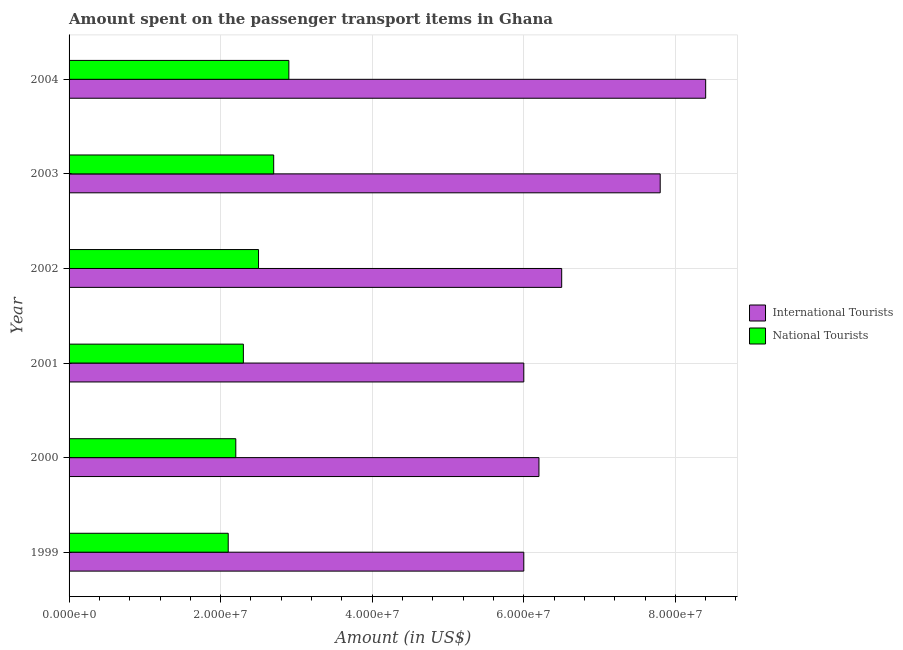
| Year | International Tourists | National Tourists |
 | --- | --- | --- |
 | 1999 | 6e+07 | 2.1e+07 |
 | 2000 | 6.2e+07 | 2.2e+07 |
 | 2001 | 6e+07 | 2.3e+07 |
 | 2002 | 6.5e+07 | 2.5e+07 |
 | 2003 | 7.8e+07 | 2.7e+07 |
 | 2004 | 8.4e+07 | 2.9e+07 |